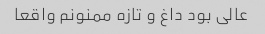
عالی بود داغ و تازه ممنونم واقعا